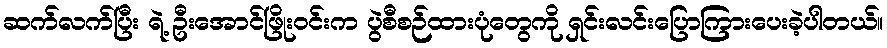
ဆက်လက်ပြီး ရဲ့ ဦးအောင်ဖြိုးဝင်းက ပွဲစီစဉ်ထားပုံတွေကို ရှင်းလင်းပြောကြားပေးခဲ့ပါတယ်။